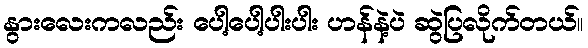
နွားလေးကလည်း ပေါ့ပေါ့ပါးပါး ဟန်နဲ့ပဲ ဆွဲပြလိုက်တယ်။